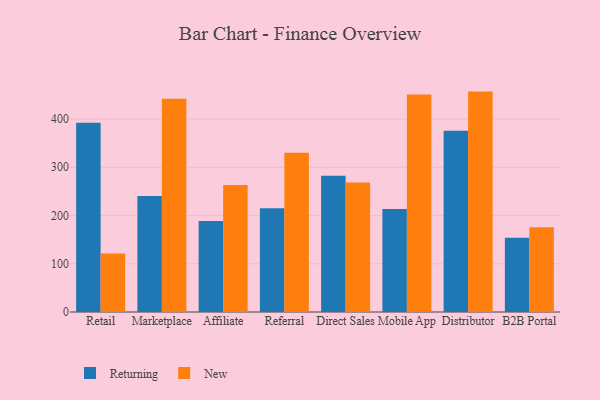
{"axis": {"x": "Channel", "y": "Backlog"}, "legend": ["New", "Returning"], "data": [{"x": "Retail", "y": 392.4, "type": "Returning"}, {"x": "Retail", "y": 121.4, "type": "New"}, {"x": "Marketplace", "y": 240.3, "type": "Returning"}, {"x": "Marketplace", "y": 441.9, "type": "New"}, {"x": "Affiliate", "y": 188.7, "type": "Returning"}, {"x": "Affiliate", "y": 263.2, "type": "New"}, {"x": "Referral", "y": 215.2, "type": "Returning"}, {"x": "Referral", "y": 329.9, "type": "New"}, {"x": "Direct Sales", "y": 282.7, "type": "Returning"}, {"x": "Direct Sales", "y": 268.5, "type": "New"}, {"x": "Mobile App", "y": 213.6, "type": "Returning"}, {"x": "Mobile App", "y": 450.8, "type": "New"}, {"x": "Distributor", "y": 375.5, "type": "Returning"}, {"x": "Distributor", "y": 456.9, "type": "New"}, {"x": "B2B Portal", "y": 154.1, "type": "Returning"}, {"x": "B2B Portal", "y": 175.5, "type": "New"}]}